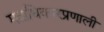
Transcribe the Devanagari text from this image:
मताधिकारप्रणाली